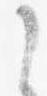
了